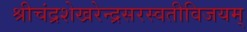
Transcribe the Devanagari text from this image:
श्रीचंद्रशेखरेन्द्रसरस्वतीविजयम्